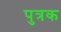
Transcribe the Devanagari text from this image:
पुत्रक